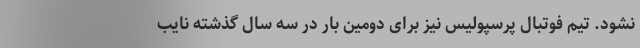
نشود. تیم فوتبال پرسپولیس نیز برای دومین بار در سه سال گذشته نایب